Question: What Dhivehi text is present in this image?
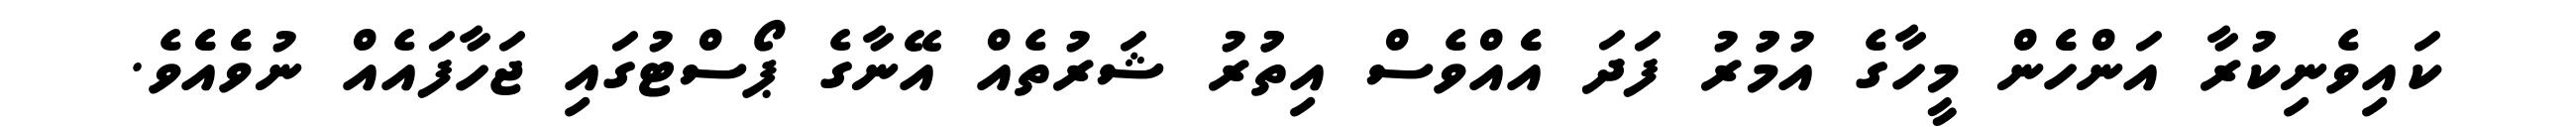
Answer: ކައިވެނިކުރާ އަންހެެން މީހާގެ އުމުުރު ފަދަ އެެއްވެސް އިތުުރު ޝަރުތެއް އޭނާގެ ޕޯސްޓުގައި ޖަހާފައެއް ނުވެެއެެވެ.